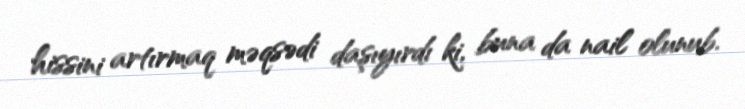
hissini artırmaq məqsədi daşıyırdı ki, buna da nail olunub.